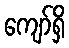
ကျော်ရှိ